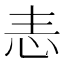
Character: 𢗣